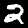
Digit: 2